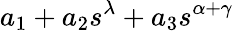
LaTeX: a_{1}+a_{2}s^{\lambda}+a_{3}s^{\alpha+\gamma}